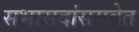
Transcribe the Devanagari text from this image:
सभासदांसमवेत